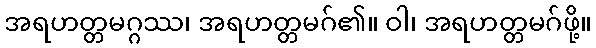
အရဟတ္တမဂ္ဂဿ၊ အရဟတ္တမဂ်၏။ ဝါ၊ အရဟတ္တမဂ်ဖို့။